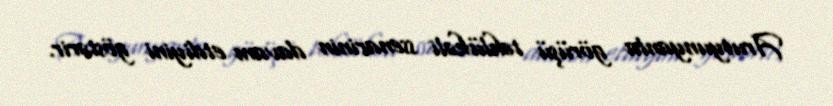
Arutyunyanla görüşü təhlükəli ssenarinin davam etdiyini göstərir.